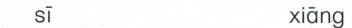
sī xiāng